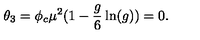
\theta _ { 3 } = \phi _ { c } \mu ^ { 2 } ( 1 - { \frac { g } { 6 } } \ln ( g ) ) = 0 .